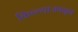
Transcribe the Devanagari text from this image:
किल्ल्याजवळून